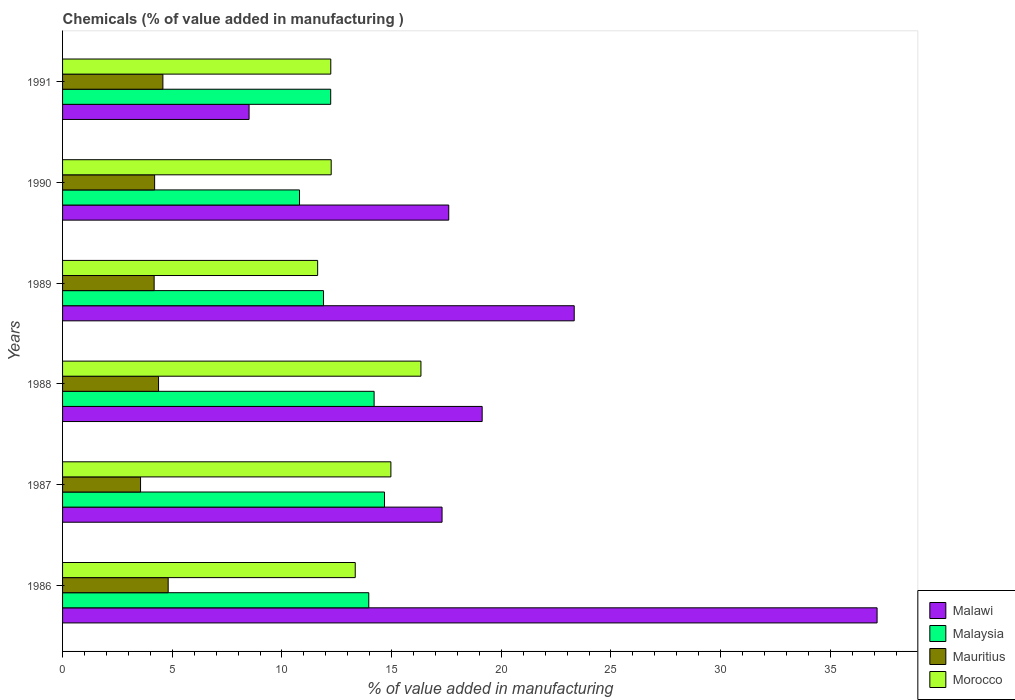
| Years | Malawi | Malaysia | Mauritius | Morocco |
 | --- | --- | --- | --- | --- |
 | 1986 | 37.1 | 14 | 4.81 | 13.3 |
 | 1987 | 17.3 | 14.7 | 3.55 | 15 |
 | 1988 | 19.1 | 14.2 | 4.38 | 16.3 |
 | 1989 | 23.3 | 11.9 | 4.17 | 11.6 |
 | 1990 | 17.6 | 10.8 | 4.2 | 12.2 |
 | 1991 | 8.5 | 12.2 | 4.57 | 12.2 |